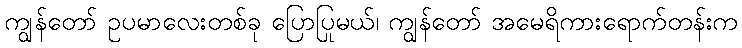
ကျွန်တော် ဥပမာလေးတစ်ခု ပြောပြမယ်၊ ကျွန်တော် အမေရိကားရောက်တုန်းက